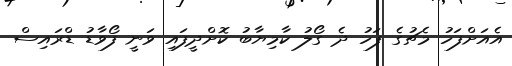
އެއަށްފަހު މެޗުގެ ފަހު ދެ ގޯލު ކާމިޔާބު ކޮށްދީފައި ވަނީ ފޯވާޑު ޑްރައިސް